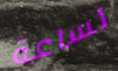
لساعة